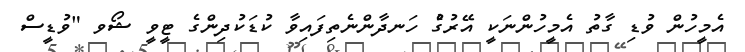
އެމީހުން ވުޑި ގާތު އެމީހުންނަކީ އޭރުގެު ހަނދާންނެތިފައިވާ ކުޑަކުދިންގެ ޓީވީ ޝޯވ "ވުޑީސް